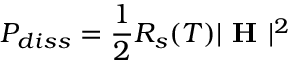
P _ { d i s s } = \frac { 1 } { 2 } R _ { s } ( T ) | \textbf { H } | ^ { 2 }